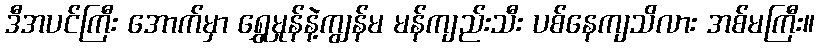
ဒီအပင်ကြီး အောက်မှာ ရွှေမှုန်နဲ့ကျွန်မ မန်ကျည်းသီး ပစ်နေကျသိလား အစ်မကြီး။